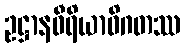
ဥဋ္ဌာနဝီရိယာဓိဂတဿ